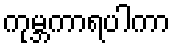
ကုမ္ဘကာရပါကာ